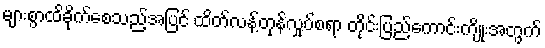
များစွာထိခိုက်စေသည့်အပြင် ထိတ်လန့်တုန်လှုပ်စရာ တိုင်းပြည်ကောင်းကျိုးအတွက်